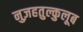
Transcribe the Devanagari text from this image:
नुज़हतुल्कुलूब